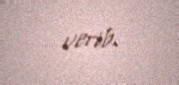
verib.